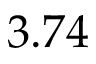
3 . 7 4